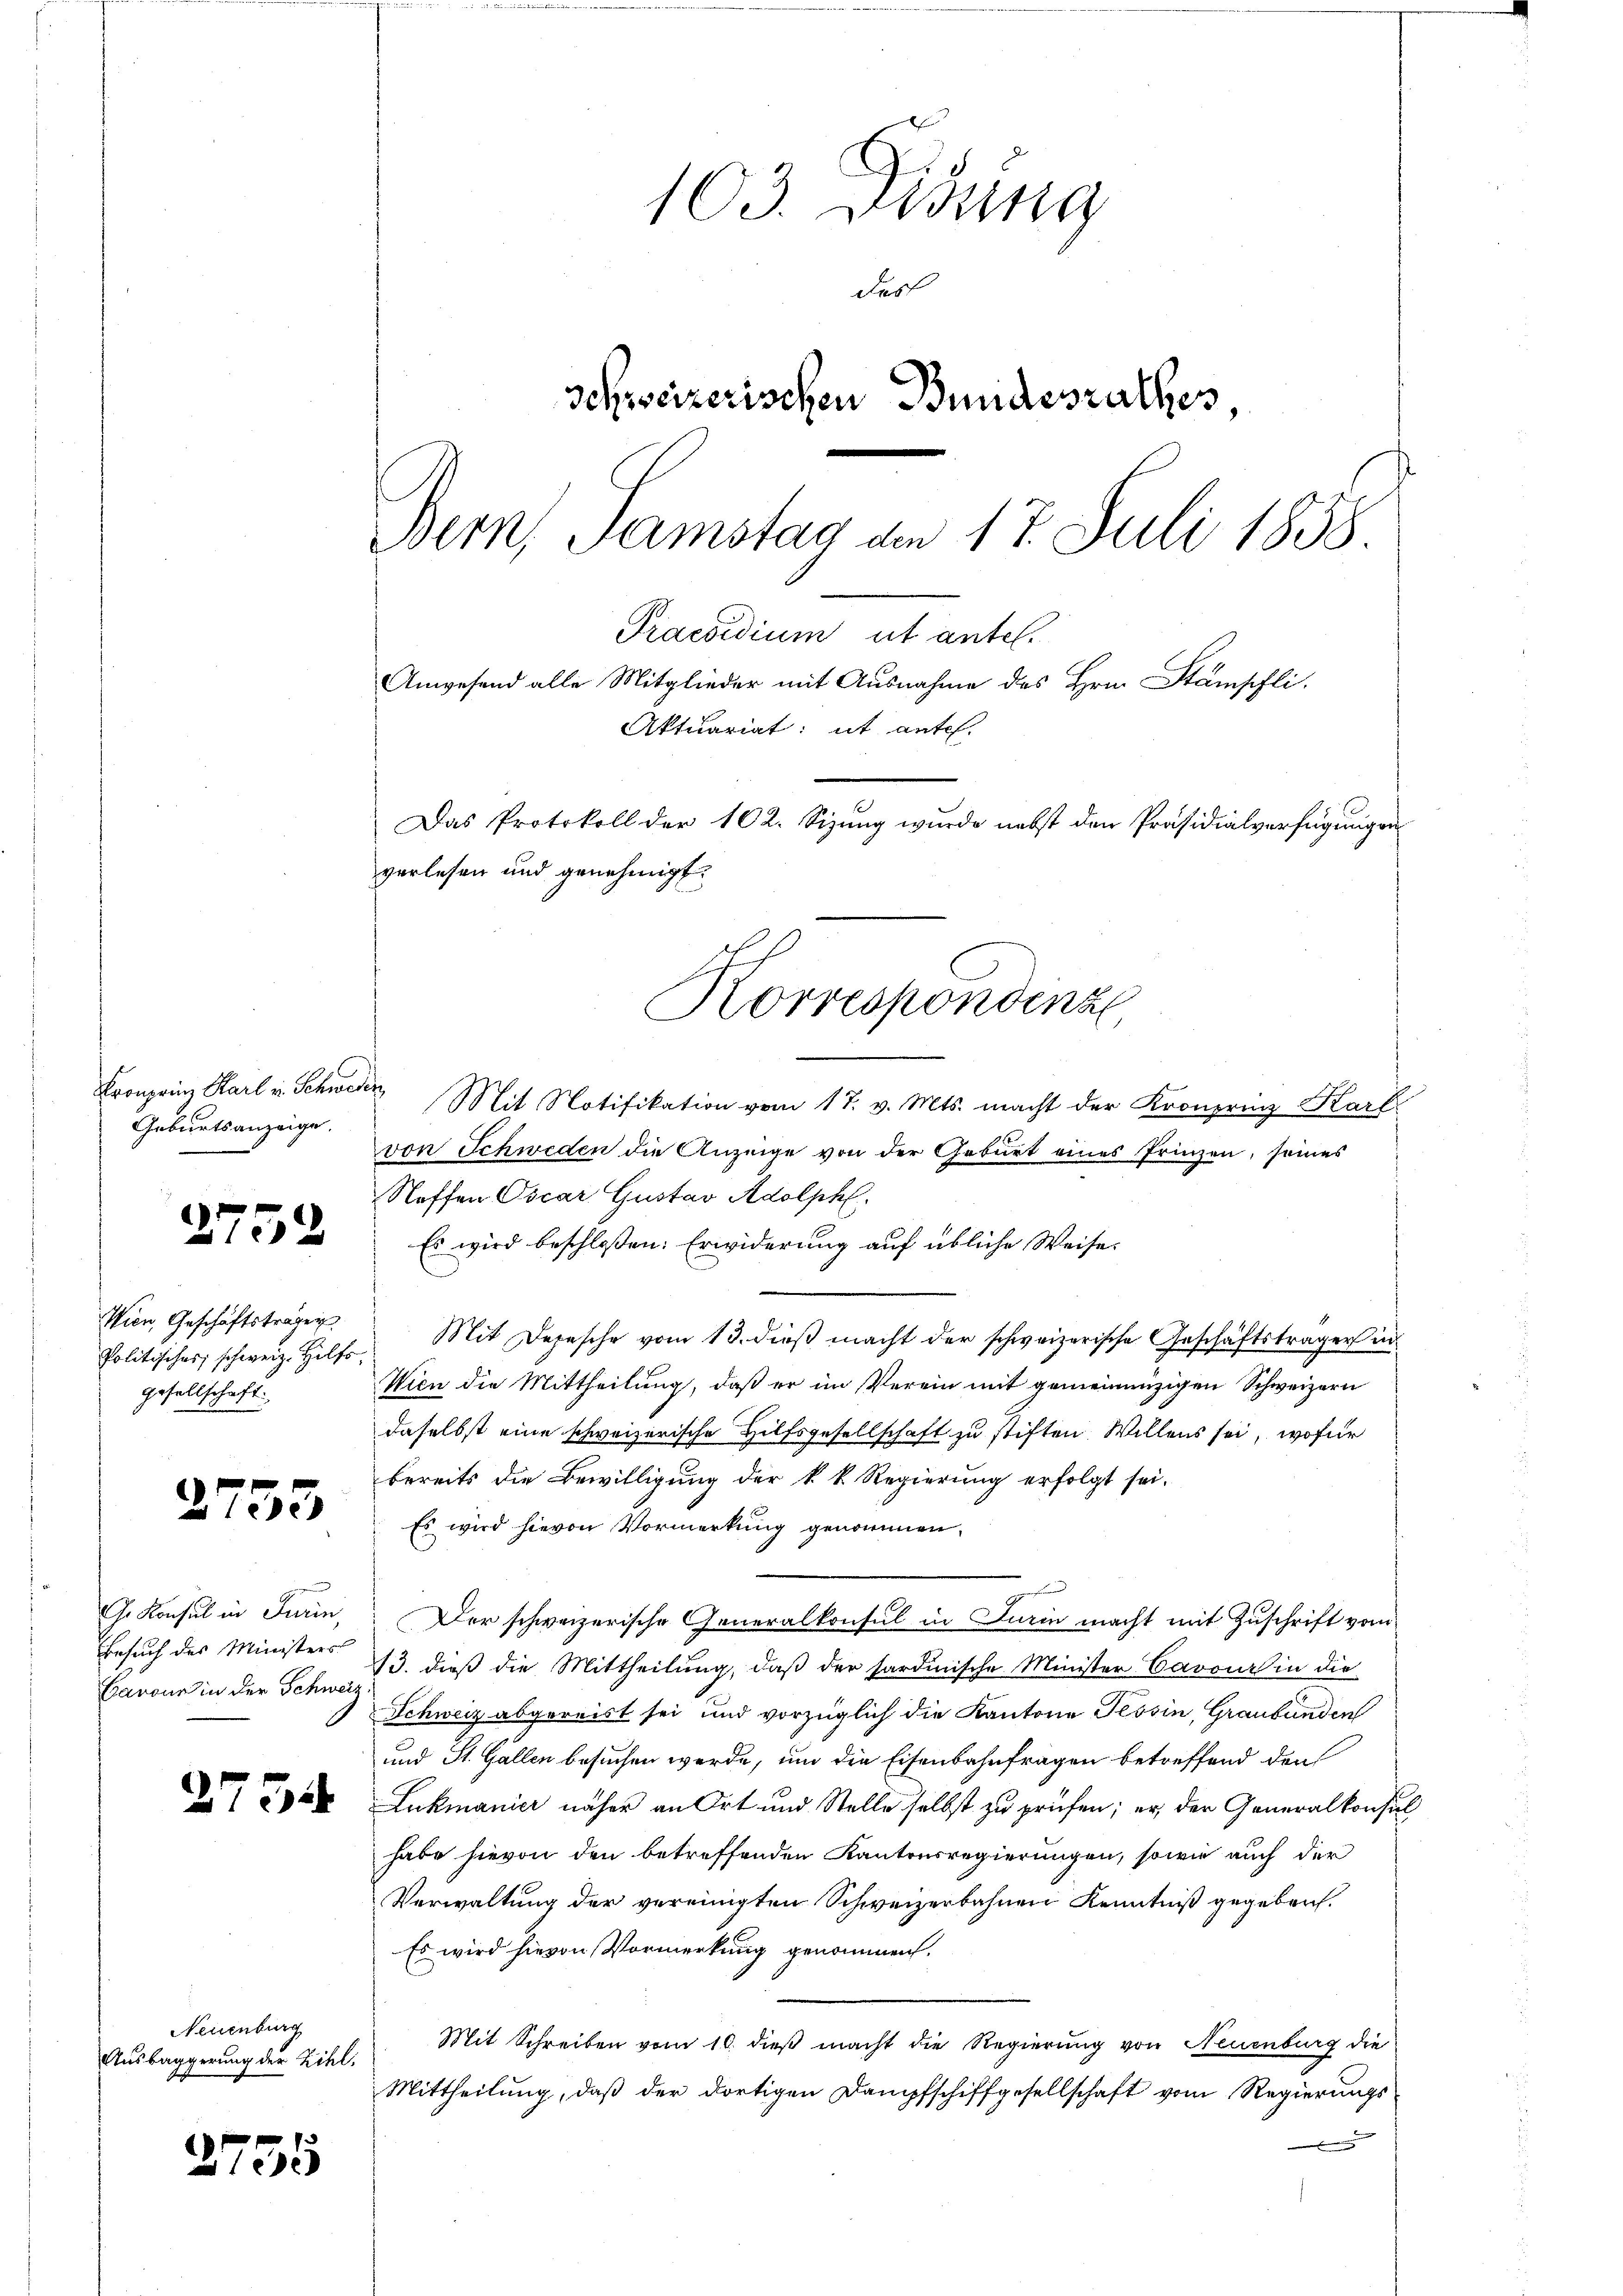
Kronprinz Karl v. Schweder
Geburtsanzeige.

2752

Wien, Geschäftsträgen
gesellschaft.

2753

Besuch des Ministers
Barone in der Schweiz

)

375

2751

Neuenburg
Ausbaggerung der Zihl.

1

103. Didung
Ferl
Schweizerischen Bundesrathes,
Bern, Samstag am 17. Juli 1858.

Mit Notifikation vom 17. v. Mts. macht der Kronprinz Karl
von Schweden die Anzeige von der Geburt eines Prinzen, seines
Stoffen Oscar Gustav Adolphl.
Es wird beschloßen: Erwiderung auf übliche Weise.
Politisches schweiz. Hilfe. Mit Depesche vom 13. dieβ macht der schweizerische Geschäftsträger in
Wien die Mittheilung, daß er im Verein mit gemeinanzigen Schweizern
daselbst eine schweizerische Hilfsgesellschaft zu stiften. Willens sei, wofür
bereits die Bewilligung der k. k. Regierung erfolgt sei.
 Es wird hievon Vormerkung genommen.
hund
Ge Konsul in Turin, Der schweizerische Generalkonsul in Turin macht mit Zuschrift vom
13. dieß die Mittheilung, daß der hardinische Minister Cavours in die
Schweiz abgereist sei und vorzüglich die Kantone Tessin, Graubünden
und St. Gallen besuchen werde, um die Eisenbahnfragen betreffend den
Lukmanier näher an Ort und Stelle selbst zu prüfen; er der Generalkonsul
habe hievon den betreffenden Kantonsregierungen, sowie auch der
Verwaltung der vereinigten Schweizerbahnen Kenntniß gegeben.
Es wird hievon Vormerkung genommen.
Mit Schreiben vom 10. dieß macht die Regierung von Neuenburg die
Mittheilung, daß der dortigen Dampfschiffgesellschaft vom Regierungs¬

Das Protokoll der 102. Sizung wurde nebst den Präsidialverfügungen
verlesen und genehmigt.
Korrespondinz,

Praesidium ut antel.
Anwesend alle Mitglieder mit Ausnahme des Hrn. Stämpfli
Aktuariat: ut antel.